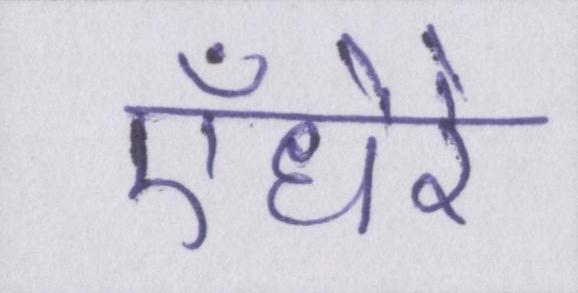
ऍंधेरे